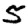
Digit: 5